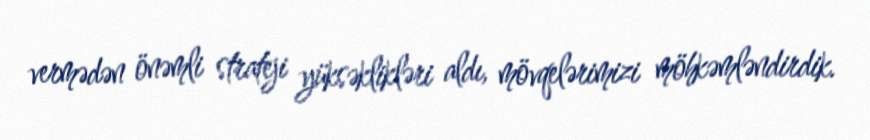
vermədən önəmli strateji yüksəklikləri aldı, mövqelərimizi möhkəmləndirdik.